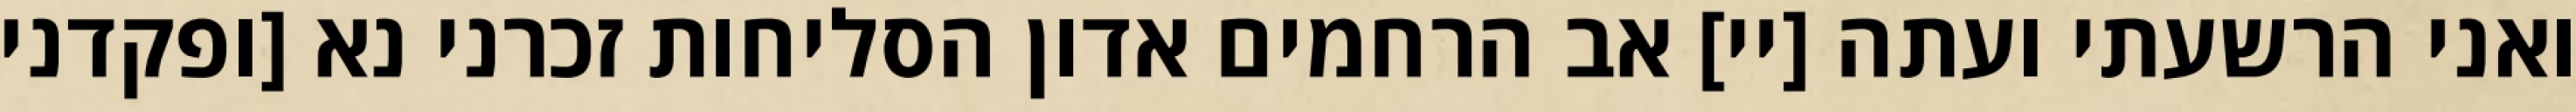
ואני הרשעתי ועתה [יי] אב הרחמים אדון הסליחות זכרני נא [ופקדני